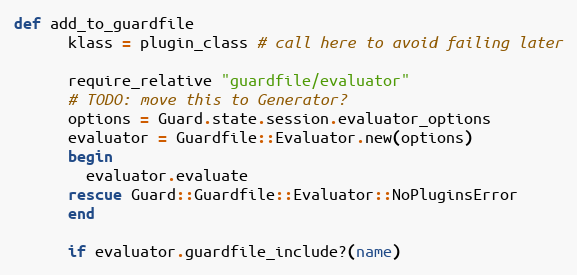
Language: Ruby
def add_to_guardfile
      klass = plugin_class # call here to avoid failing later

      require_relative "guardfile/evaluator"
      # TODO: move this to Generator?
      options = Guard.state.session.evaluator_options
      evaluator = Guardfile::Evaluator.new(options)
      begin
        evaluator.evaluate
      rescue Guard::Guardfile::Evaluator::NoPluginsError
      end

      if evaluator.guardfile_include?(name)